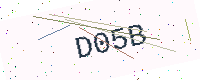
Text: D05B